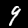
Label: 9